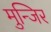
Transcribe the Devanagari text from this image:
मुन्जिर